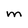
Character: M